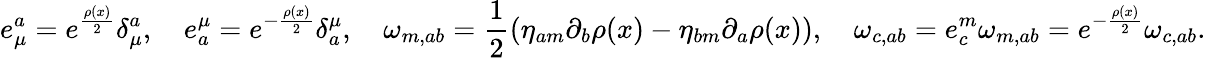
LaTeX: e_{\mu}^{a}=e^{\frac{\rho(x)}{2}}\delta_{\mu}^{a},\quad e_{a}^{\mu}=e^{-\frac{\rho(x)}{2}}\delta_{a}^{\mu},\quad\omega_{m,ab}=\frac{1}{2}(\eta_{am}\partial_{b}\rho(x)-\eta_{bm}\partial_{a}\rho(x)),\quad\omega_{c,ab}=e_{c}^{m}\omega_{m,ab}=e^{-\frac{\rho(x)}{2}}\omega_{c,ab}.